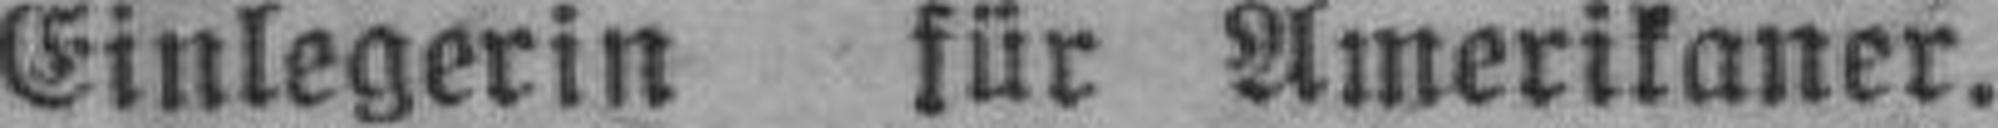
Einlegerin für Amerikaner.